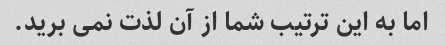
اما به این ترتیب شما از آن لذت نمی برید.